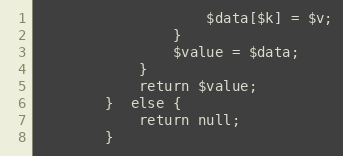
Language: PHP
					$data[$k] = $v;
				}
				$value = $data;
			}
			return $value;
		}  else {
			return null;
		}